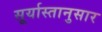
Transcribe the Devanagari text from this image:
सूर्यास्तानुसार